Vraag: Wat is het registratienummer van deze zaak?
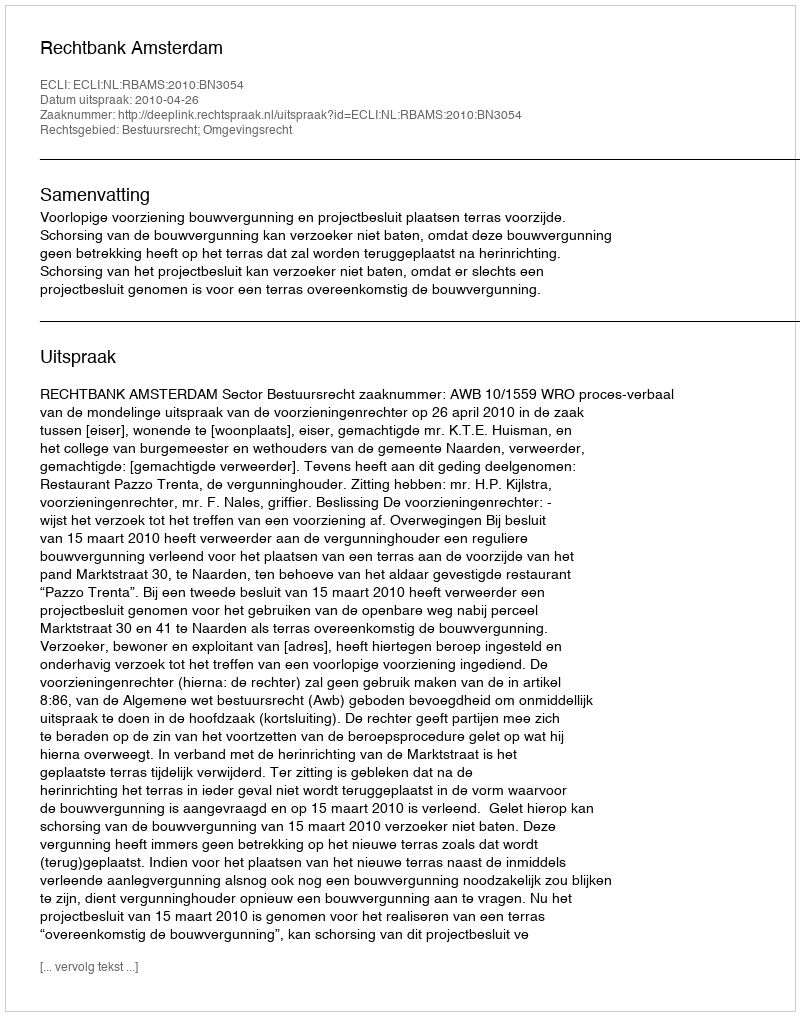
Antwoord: http://deeplink.rechtspraak.nl/uitspraak?id=ECLI:NL:RBAMS:2010:BN3054